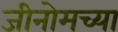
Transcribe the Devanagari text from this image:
जीनोमच्या